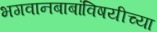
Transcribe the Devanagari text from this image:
भगवानबाबांविषयीच्या